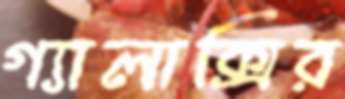
গ্যালাক্সির